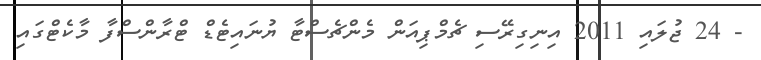
- 24 ޖުލައި 2011 އިނިގިރޭސި ޗެމްޕިއަން މެންޗެސްޓާ ޔުނައިޓެޑް ޓްރާންސްފާ މާކެޓްގައި